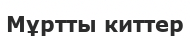
Мұртты киттер